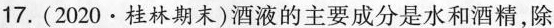
17.(2020·桂林期末)酒液的主要成分是水和酒精，除